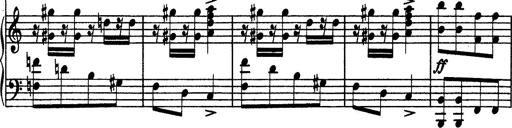
Title: Hungarian Rhapsody No.13
Composer: Franz Liszt
Key: A minor